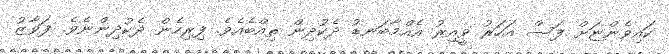
ކައިވެންޏަށް ފަސް އަހަރު ވީއިރު އެއްމާބަނޑު ދެކުދިން ތިއްބެއެވެ. ފިރިހެން ދެކުދިންނެވެ. ފަވާޒު